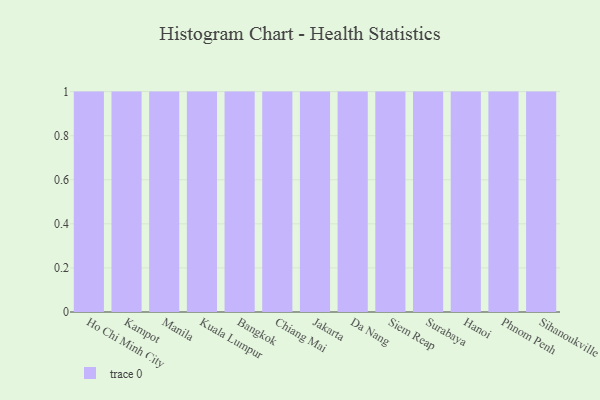
{"axis": {"x": "City", "y": "Active Users"}, "legend": [""], "data": [{"x": "Ho Chi Minh City", "y": 34, "type": ""}, {"x": "Kampot", "y": 10, "type": ""}, {"x": "Manila", "y": 8, "type": ""}, {"x": "Kuala Lumpur", "y": 18, "type": ""}, {"x": "Bangkok", "y": 90, "type": ""}, {"x": "Chiang Mai", "y": 100, "type": ""}, {"x": "Jakarta", "y": 9, "type": ""}, {"x": "Da Nang", "y": 32, "type": ""}, {"x": "Siem Reap", "y": 48, "type": ""}, {"x": "Surabaya", "y": 94, "type": ""}, {"x": "Hanoi", "y": 3, "type": ""}, {"x": "Phnom Penh", "y": 95, "type": ""}, {"x": "Sihanoukville", "y": 96, "type": ""}]}